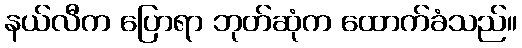
နယ်လီက ပြောရာ ဘုတ်ဆုံက ထောက်ခံသည်။